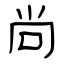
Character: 尚